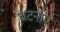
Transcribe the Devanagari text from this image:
घटनांएं